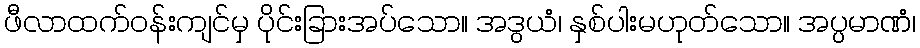
ဖီလာထက်ဝန်းကျင်မှ ပိုင်းခြားအပ်သော။ အဒွယံ၊ နှစ်ပါးမဟုတ်သော။ အပ္ပမာဏံ၊